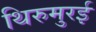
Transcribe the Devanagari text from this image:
थिरुमुरई